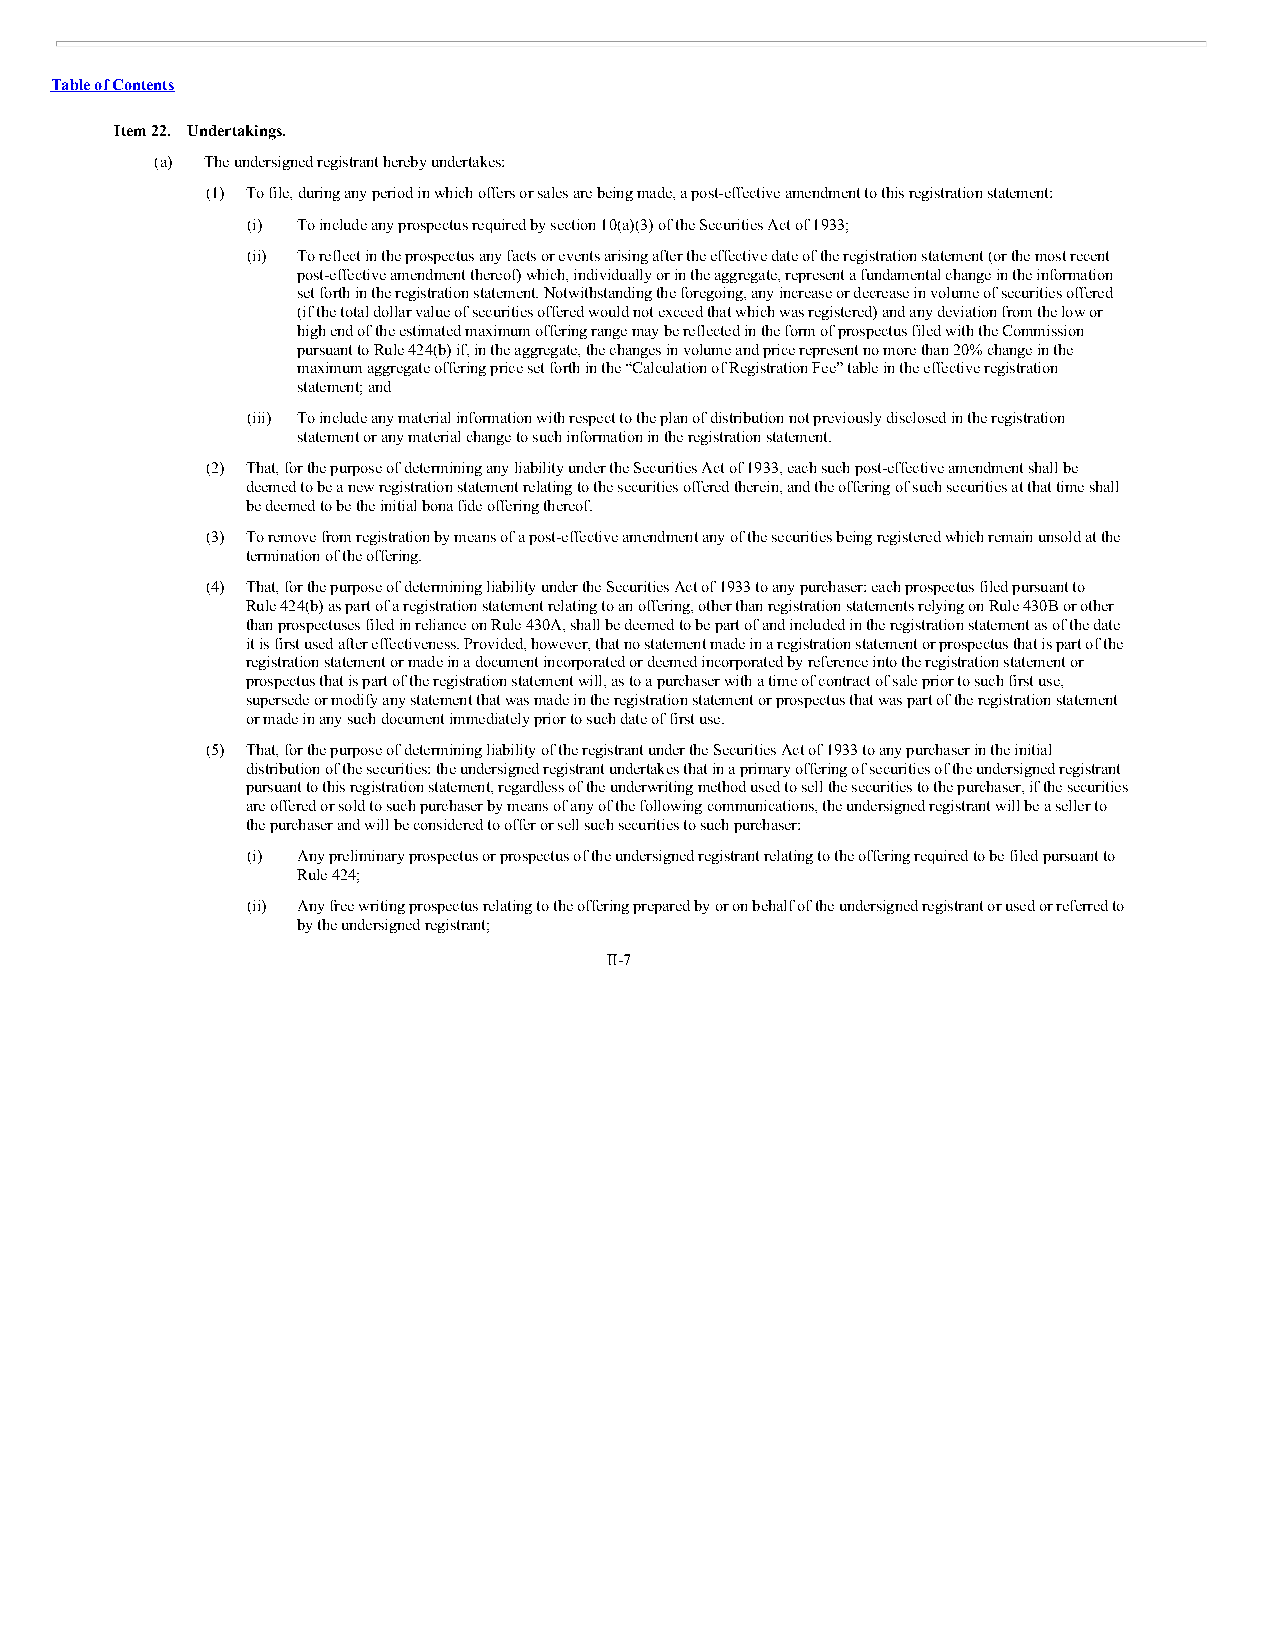
Table of Contents
 Item 22. Undertakings.
 (a) The undersigned registrant hereby undertakes:
 (1) To file, during any period in which offers or sales are being made, a post-effective amendment to this registration statement:
 (i) To include any prospectus required by section 10(a)(3) of the Securities Act of 1933;
 (ii) To reflect in the prospectus any facts or events arising after the effective date of the registration statement (or the most recent
 post-effective amendment thereof) which, individually or in the aggregate, represent a fundamental change in the information
 set forth in the registration statement. Notwithstanding the foregoing, any increase or decrease in volume of securities offered
 (if the total dollar value of securities offered would not exceed that which was registered) and any deviation from the low or
 high end of the estimated maximum offering range may be reflected in the form of prospectus filed with the Commission
 pursuant to Rule 424(b) if, in the aggregate, the changes in volume and price represent no more than 20% change in the
 maximum aggregate offering price set forth in the “Calculation of Registration Fee” table in the effective registration
 statement; and
 (iii) To include any material information with respect to the plan of distribution not previously disclosed in the registration
 statement or any material change to such information in the registration statement.
 (2) That, for the purpose of determining any liability under the Securities Act of 1933, each such post-effective amendment shall be
 deemed to be a new registration statement relating to the securities offered therein, and the offering of such securities at that time shall
 be deemed to be the initial bona fide offering thereof.
 (3) To remove from registration by means of a post-effective amendment any of the securities being registered which remain unsold at the
 termination of the offering.
 (4) That, for the purpose of determining liability under the Securities Act of 1933 to any purchaser: each prospectus filed pursuant to
 Rule 424(b) as part of a registration statement relating to an offering, other than registration statements relying on Rule 430B or other
 than prospectuses filed in reliance on Rule 430A, shall be deemed to be part of and included in the registration statement as of the date
 it is first used after effectiveness. Provided, however, that no statement made in a registration statement or prospectus that is part of the
 registration statement or made in a document incorporated or deemed incorporated by reference into the registration statement or
 prospectus that is part of the registration statement will, as to a purchaser with a time of contract of sale prior to such first use,
 supersede or modify any statement that was made in the registration statement or prospectus that was part of the registration statement
 or made in any such document immediately prior to such date of first use.
 (5) That, for the purpose of determining liability of the registrant under the Securities Act of 1933 to any purchaser in the initial
 distribution of the securities: the undersigned registrant undertakes that in a primary offering of securities of the undersigned registrant
 pursuant to this registration statement, regardless of the underwriting method used to sell the securities to the purchaser, if the securities
 are offered or sold to such purchaser by means of any of the following communications, the undersigned registrant will be a seller to
 the purchaser and will be considered to offer or sell such securities to such purchaser:
 (i) Any preliminary prospectus or prospectus of the undersigned registrant relating to the offering required to be filed pursuant to
 Rule 424;
 (ii) Any free writing prospectus relating to the offering prepared by or on behalf of the undersigned registrant or used or referred to
 by the undersigned registrant;
 II-7